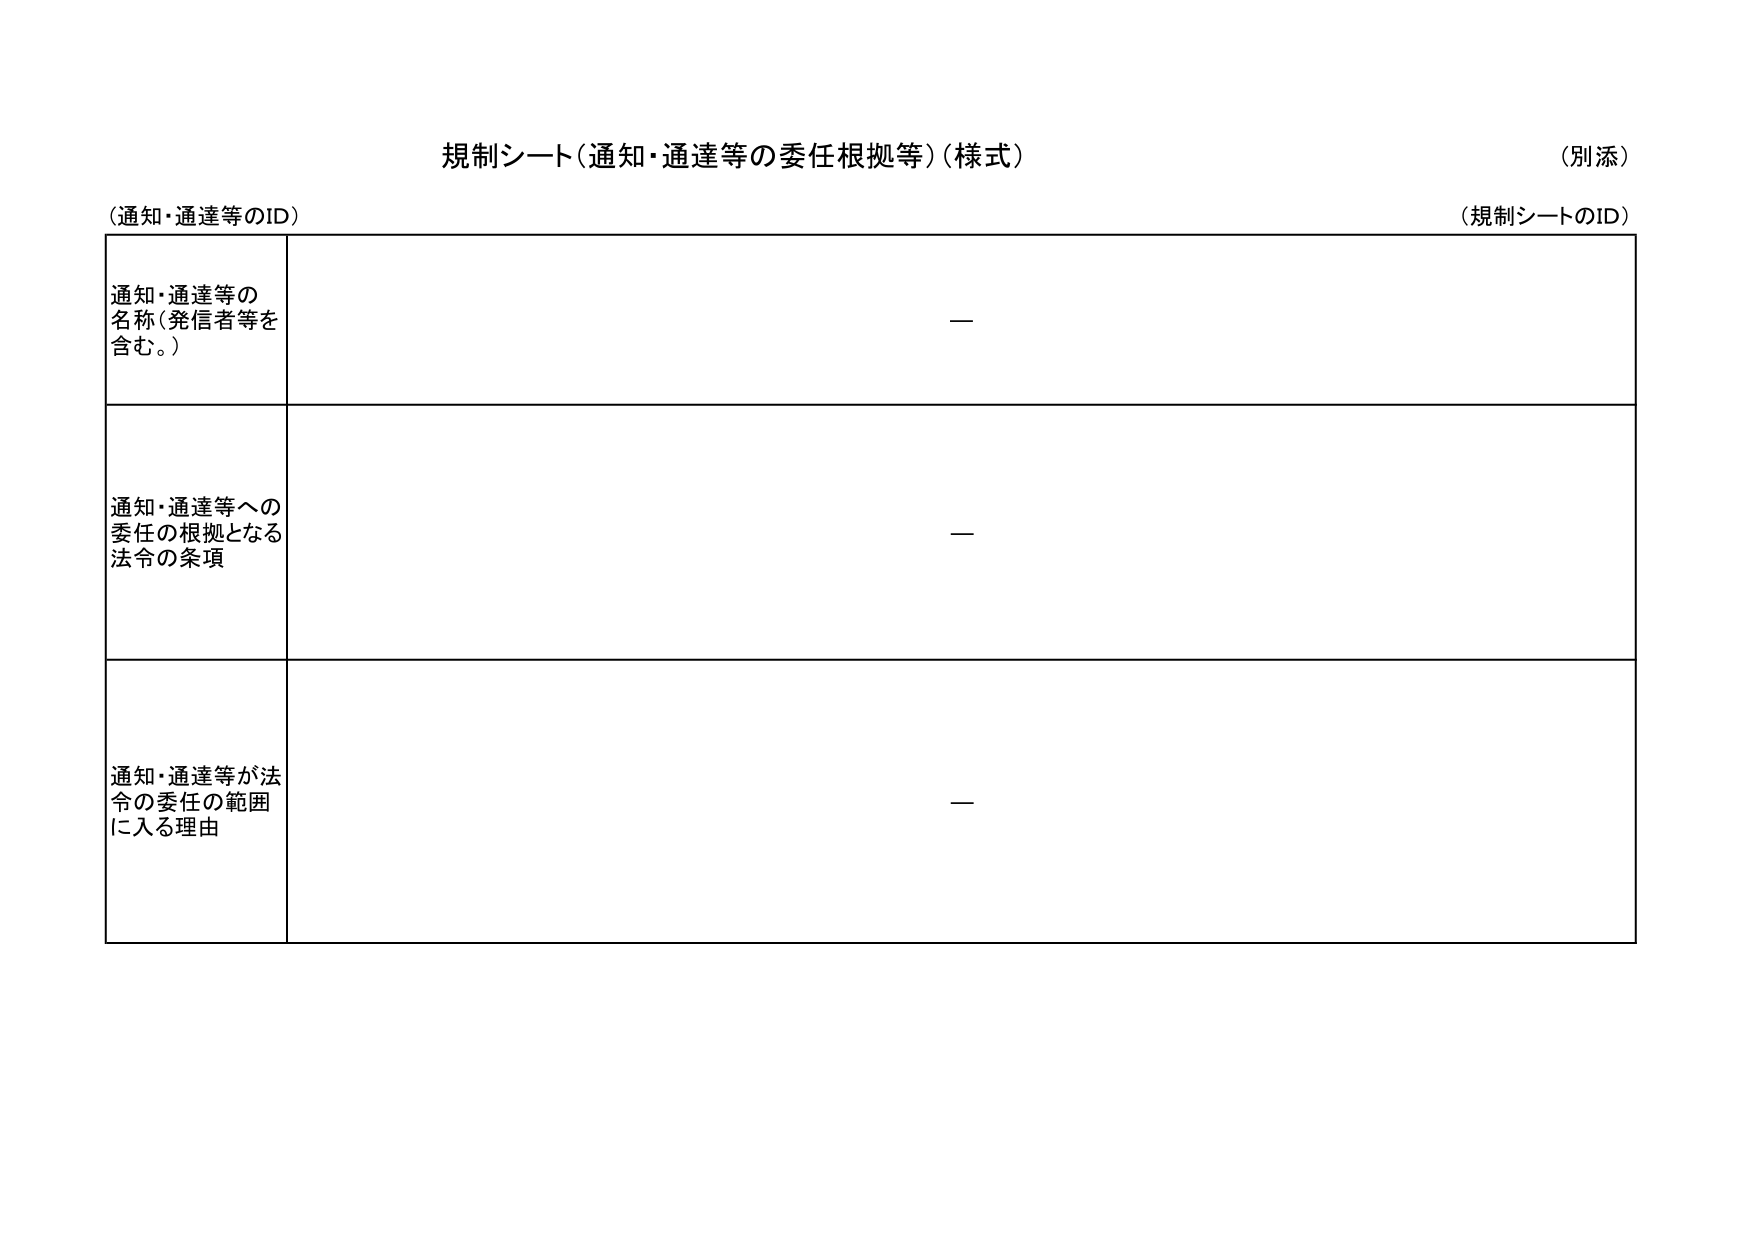
規制シート（通知・通達等の委任根拠等）（様式）
（別添）

（通知・通達等のID）
（規制シートのID）

通知・通達等の
名称（発信者等を
含む。）
—

通知・通達等への
委任の根拠となる
法令の条項
—

通知・通達等が法令の委任の範囲
に入る理由
—